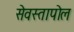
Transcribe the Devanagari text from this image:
सेवस्तापोल